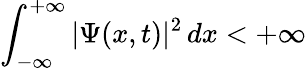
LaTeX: \int_{-\infty}^{+\infty}|\Psi(x,t)|^{2}\, dx<+\infty